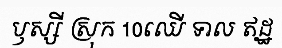
ឫស្សី ស្រុក 10ឈើ ទាល ឥដ្ឋ